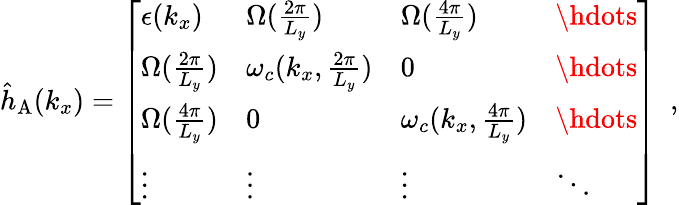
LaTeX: \begin{array}{r}{{\hat{h}}_{\mathrm{A}}({k_{x}})=\left[\begin{array}{llll}{\epsilon(k_{x})}&{{\Omega}(\frac{2\pi}{L_{y}})}&{{\Omega}(\frac{4\pi}{L_{y}})}&{\hdots}\\ {{\Omega}(\frac{2\pi}{L_{y}})}&{\omega_{c}({k_{x},\frac{2\pi}{L_{y}}})}&{0}&{\hdots}\\ {{\Omega}(\frac{4\pi}{L_{y}})}&{0}&{\omega_{c}({k_{x},\frac{4\pi}{L_{y}}})}&{\hdots}\\ {\vdots}&{\vdots}&{\vdots}&{\ddots}\end{array}\right]~~,}\end{array}